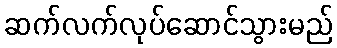
ဆက်လက်လုပ်ဆောင်သွားမည်